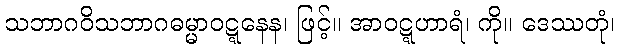
သဘာဂဝိသဘာဂဓမ္မာဝဋ္ဋနေန၊ ဖြင့်။ အာဝဋ္ဋဟာရံ၊ ကို။ ဒေဿတုံ၊